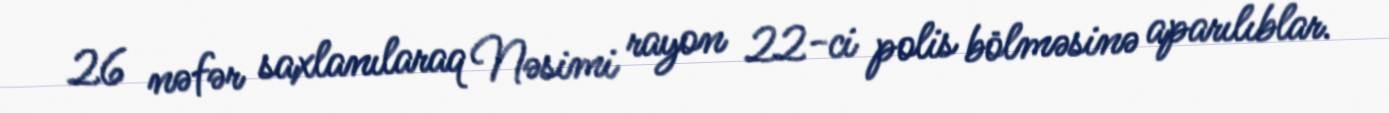
26 nəfər saxlanılaraq Nəsimi rayon 22-ci polis bölməsinə aparılıblar.